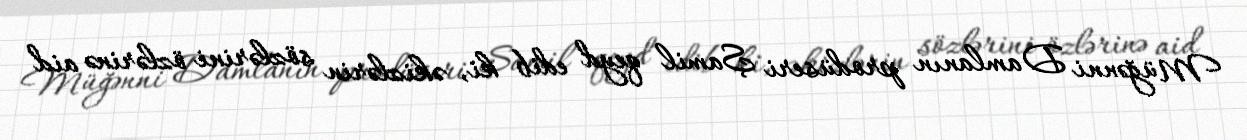
Müğənni Damlanın prodüseri Şamil qeyd edib ki, əkizlərin sözlərini özlərinə aid